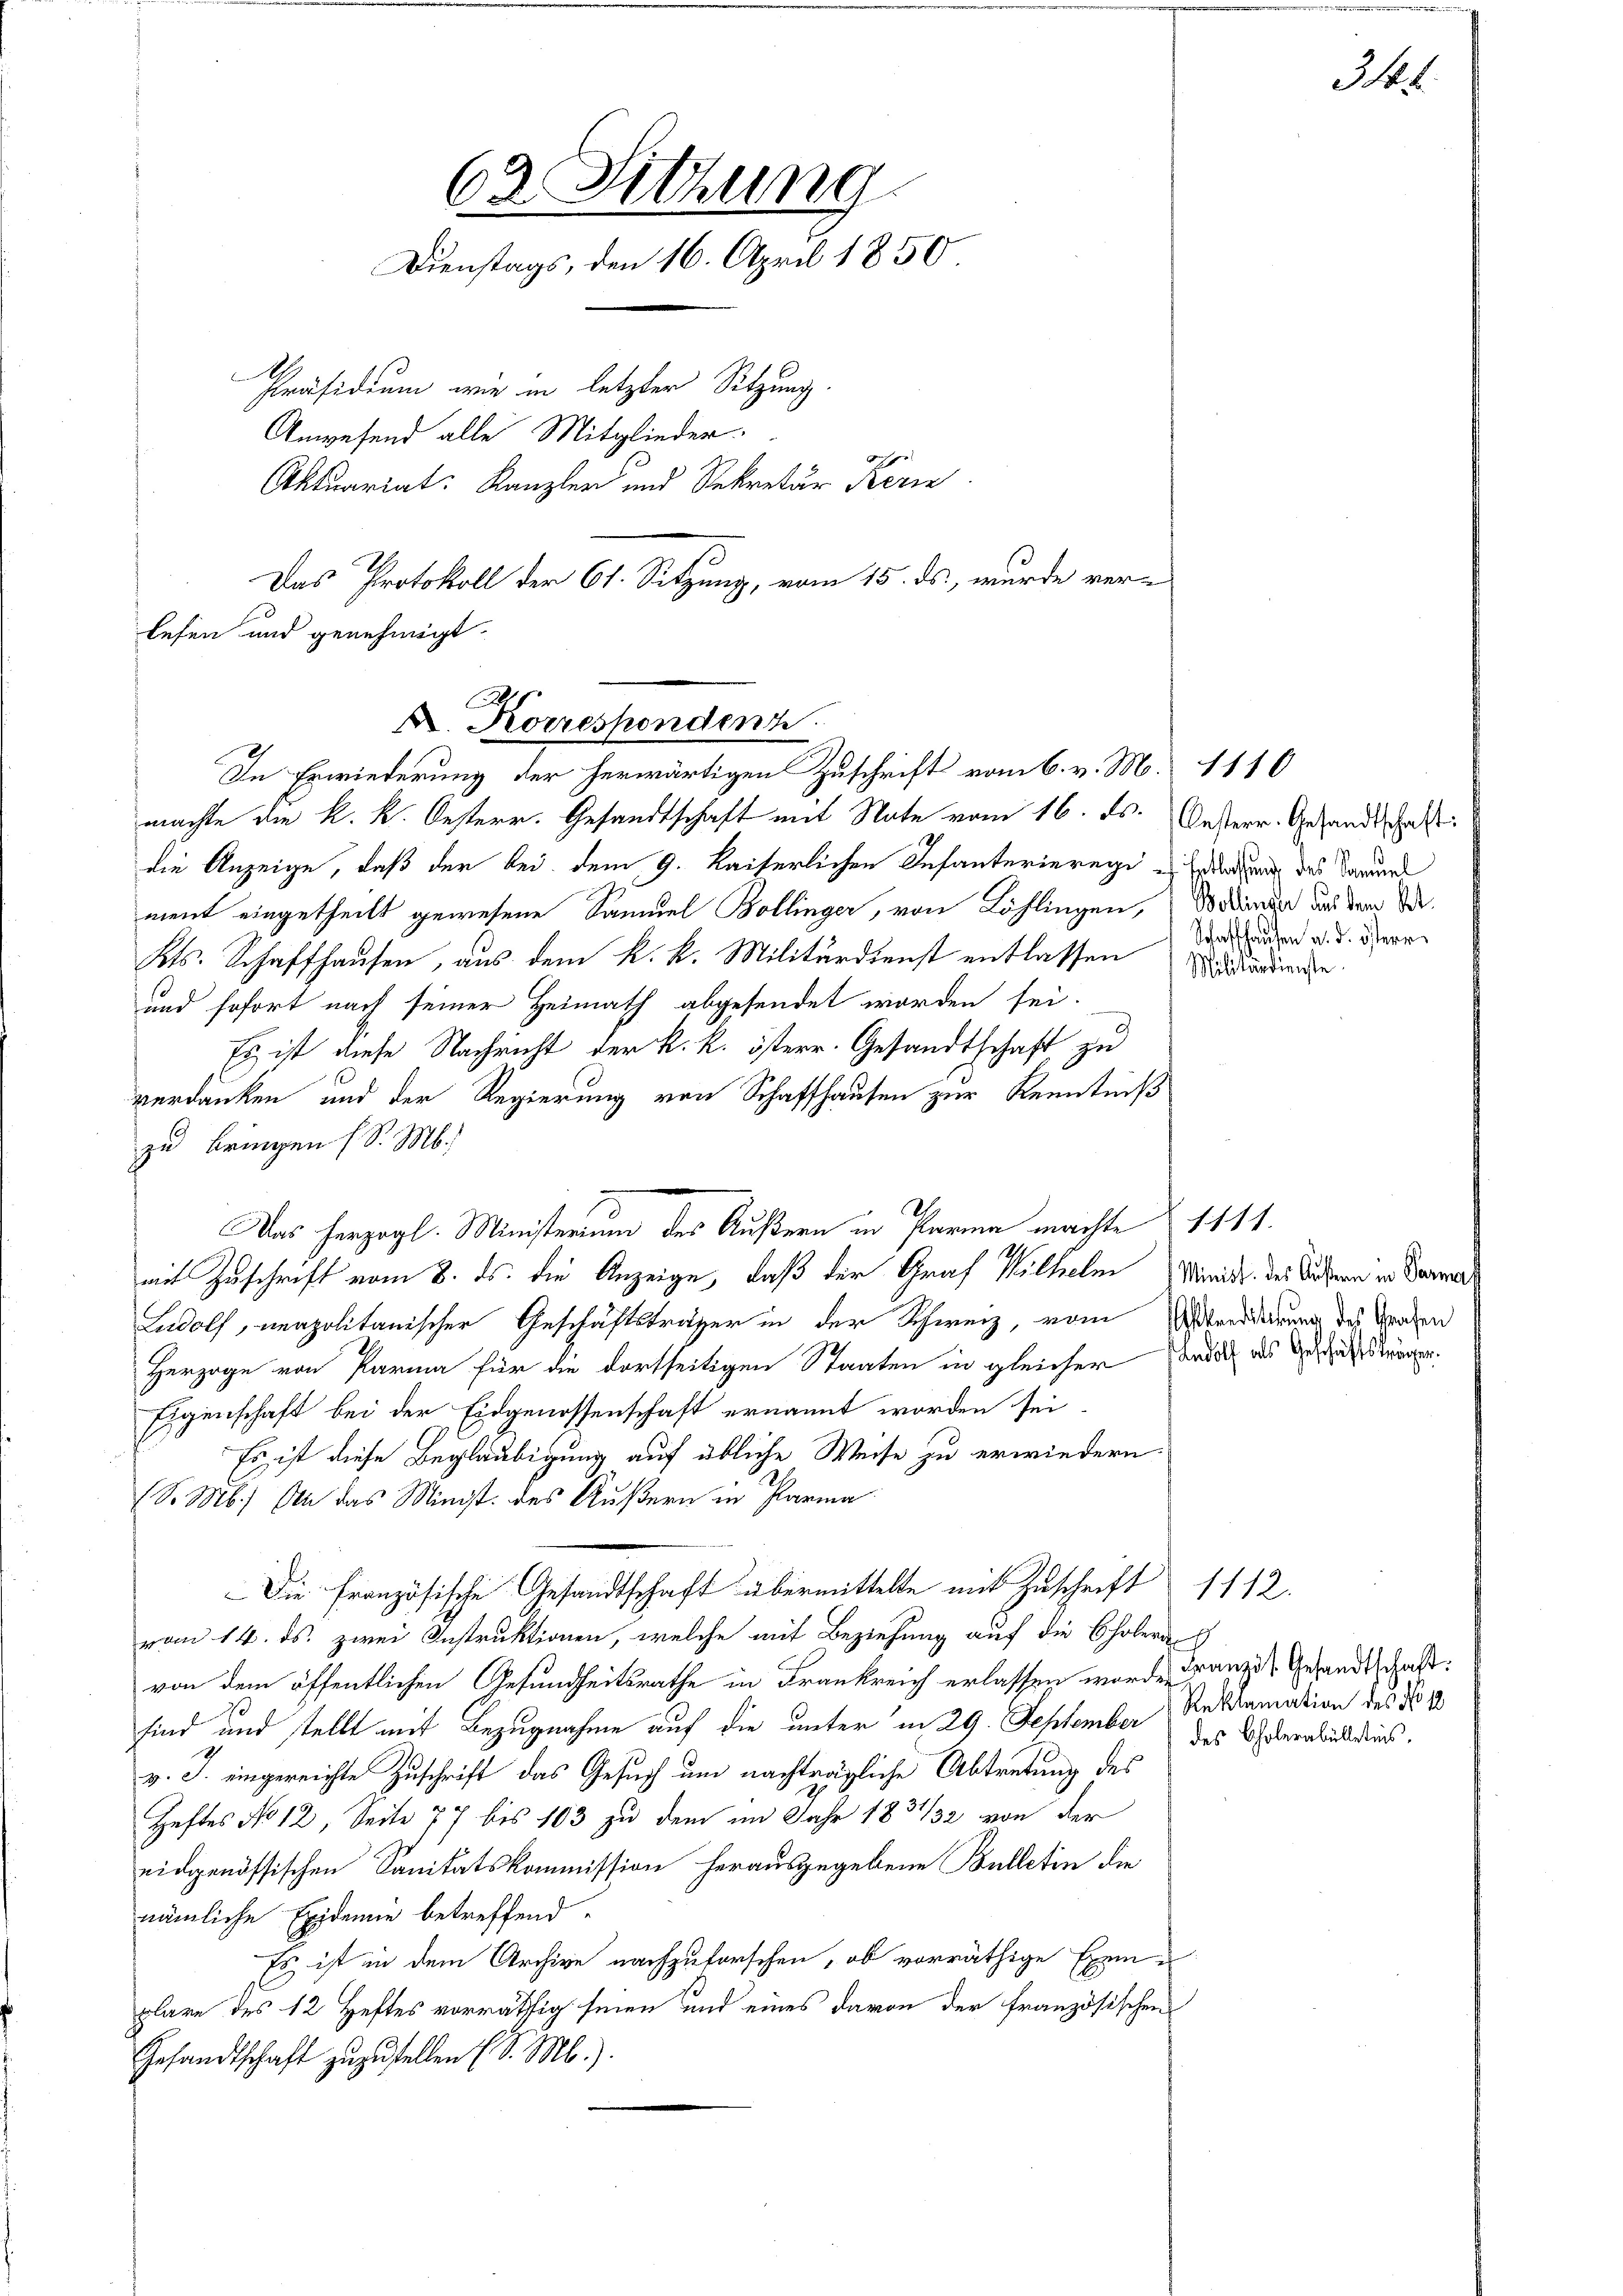
lesen und genehmigt.
D. Korrespondenz
In Erwiederung der herwärtigen Zuschrift vom 6. v. M. 1116

63. Sitzung
Dienstags, den 16. April 1850
1
Präsidium wie in letzter Sitzung.
Anwesend alle Mitglieder.
7
Aktuariat. Kanzler und Rekretär Beri
Das Protokoll der 61. Sitzung, vom 15. ds., wurde ver¬

machte die K. K. Oesterr. Gesandtschaft mit Note vom 16. ds. Unterr. Gesandtscha
die Anzeige, daß der bei dem 9. Kaiserlichen Infanterierege Erledigung des Darun
ment eingetheilt gewesene Samuel Bollinger, von Löhlingen,
Kts. Schaffhausen, aus dem k. k. Militärdienst entlassen
und sofort nach seiner Heimath abgesendet worden sei.
Es ist diese Nachricht der k. k. österr. Gesandtschaft zu
verdanken und der Regierung von Schaffhausen zur Kenntniß
zu bringen (S. M.
I
mit Zuschrift vom 8. ds. die Anzeige, daß der Graf Mithelm Minde der Sichern in Bemer
Ludolf, verpolitanischer Geschäftsträger in der Schweiz, vom Streidarung des Krachen
Herzoge von Parina für die dortseitigen Staaten in gleicher Tadel als Geschäftsträgen.
Eigenschaft bei der Eidgenossenschaft ernannt worden sei
Es ist diese Beglaubigung auf übliche Weise zu erwiedern
S. M.) An das Minist. des Äußern in Parma
Die Französische Gesandtschaft übermittelte mit Zuschrift
vom 14. ds. zwei Instruktionen, welche mit Beziehung auf die Cholera
von dem öffentlichen Gesundheitsrathe in Frankreich erlassen worden anzut Gesandtschaft:
sind und stellt mit Bezugnahme auf die unter in 29. September Reklamation des No 1
v. J. eingereichte Zuschrift das Gesuch um nachträgliche Abtretung des
Heftes No 12, Seite 77 bis 103 zu dem im Jahr 1831/32 von der
eidgenössischen Sanitätskommission herausgegebene Bulletin die
nämliche Exidemie betreffend
Es ist in dem Archive nachzuforschen, ob vorräthige Exemplare des 12 Heftes vorräthig seien und eines davon der französischen
Gesandtschaft zŭzŭstellen (S. M.).

Das herzogl. Ministerium des Äußern in Parme machte 1111.

Bollinger aus dem Kt.
Schaffhausen a. d. österr
Militärdienste

344.

des Cholerabülletins.

1112.